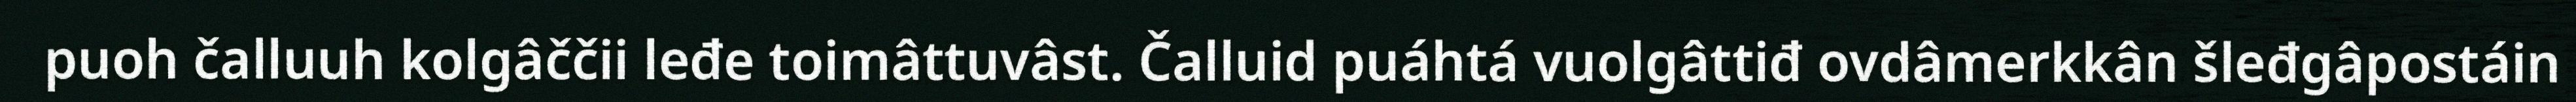
puoh čalluuh kolgâččii leđe toimâttuvâst. Čalluid puáhtá vuolgâttiđ ovdâmerkkân šleđgâpostáin